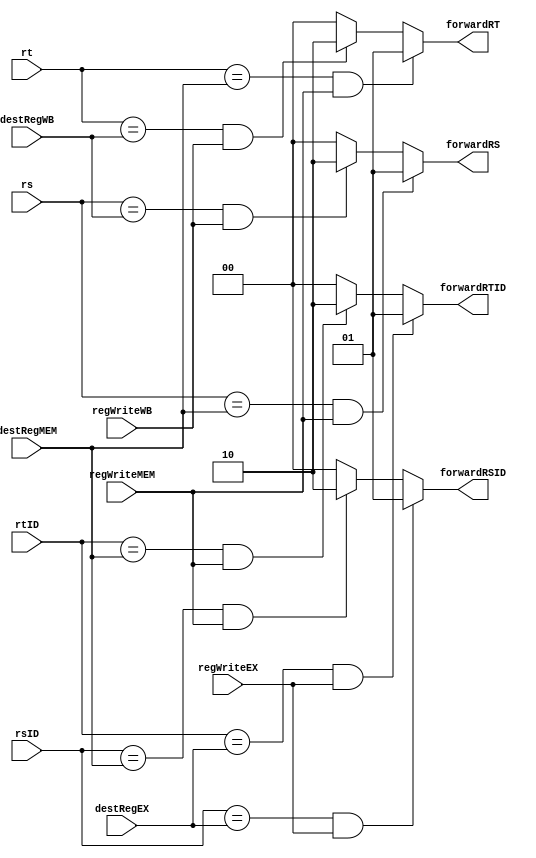
/***************************************************
 * Module: ForwardingUnit
 * Project: mips32
 * Description: Responsavel por recuperar o valor atualizado
 * de um registrador que ainda sera salvo na operao anterior
 ***************************************************/
module forwardingUnit(rs, rt, rsID, rtID, destRegEX, destRegMEM, destRegWB, regWriteEX, regWriteMEM, regWriteWB, 
		forwardRS, forwardRT, forwardRSID, forwardRTID);
	input[4:0] rs, rt, rsID, rtID, destRegEX, destRegMEM, destRegWB;
	input regWriteEX, regWriteMEM, regWriteWB;
	output [1:0] forwardRSID, forwardRTID, forwardRS, forwardRT;

	reg [1:0] forwardRSIDReg, forwardRTIDReg, forwardRSReg, forwardRTReg;

	always @(*) begin
		//rs
		if ((rs==destRegMEM)&(regWriteMEM==1'b1)) begin
			forwardRSReg = 1;
		end
		else if ((rs==destRegWB)&(regWriteWB==1'b1)) begin
			forwardRSReg = 2;
		end
		else begin
			forwardRSReg = 0;	
		end

		//rt
		if ((rt==destRegMEM)&(regWriteMEM==1'b1)) begin
			forwardRTReg = 1;
		end
		else if ((rt==destRegWB)&(regWriteWB==1'b1)) begin
			forwardRTReg = 2;
		end
		else begin
			forwardRTReg = 0;	
		end

		//rsID
		if ((rsID==destRegEX)&(regWriteEX==1'b1)) begin
			forwardRSIDReg = 1;
		end
		else if ((rsID==destRegMEM)&(regWriteMEM==1'b1)) begin
			forwardRSIDReg = 2;
		end
		else begin
			forwardRSIDReg = 0;	
		end

		//rtID
		if ((rtID==destRegEX)&(regWriteEX==1'b1)) begin
			forwardRTIDReg = 1;
		end
		else if ((rtID==destRegMEM)&(regWriteMEM==1'b1)) begin
			forwardRTIDReg = 2;
		end
		else begin
			forwardRTIDReg = 0;	
		end
	end

	assign forwardRSID = forwardRSIDReg;
	assign forwardRTID = forwardRTIDReg;
	assign forwardRS = forwardRSReg;
	assign forwardRT = forwardRTReg;
endmodule